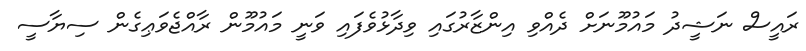
ރައީސް ނަޝީދު މައުމޫނަށް ދެއްވި އިންޒާރުގައި ވިދާޅުވެފައި ވަނީ މައުމޫން ރާއްޖެވަޢިގެން ސިޔާސީ